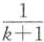
$$\frac { 1 } { k + 1 }$$